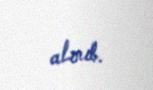
alınıb.